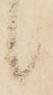
候